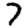
Digit: 7